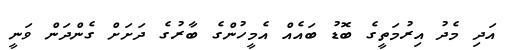
އަދި މެދު އިރުމަތީގެ ބޮޑު ބައެއް އެމީހުންގެ ބާރުގެ ދަށަށް ގެންދަން ވަނީ